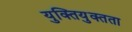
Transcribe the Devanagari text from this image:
युक्तियुक्तता